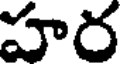
హర